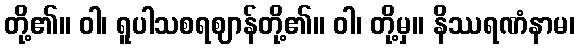
တို့၏။ ဝါ၊ ရူပါသစရဈာန်တို့၏။ ဝါ၊ တို့မှ။ နိဿရဏံနာမ၊